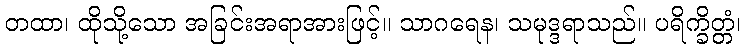
တထာ၊ ထိုသို့သော အခြင်းအရာအားဖြင့်။ သာဂရေန၊ သမုဒ္ဒရာသည်။ ပရိက္ခိတ္တံ၊